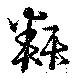
類